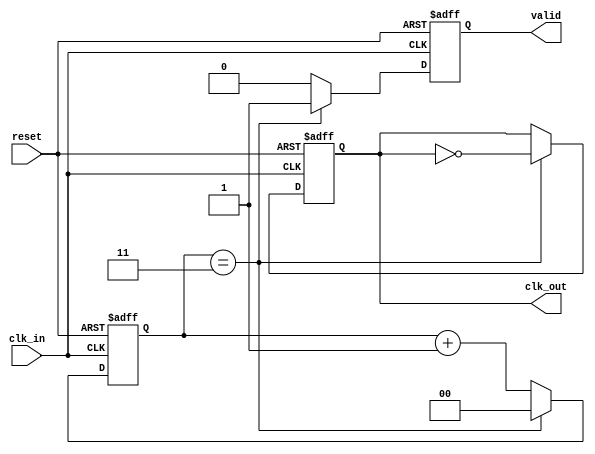
module ClockDividerBuffer #(
    parameter DIV_FACTOR = 4  // Default division factor
)(
    input wire clk_in,        // Input clock signal
    input wire reset,         // Asynchronous reset signal
    output reg clk_out,       // Output clock signal
    output reg valid          // Output valid signal
);

    reg [$clog2(DIV_FACTOR)-1:0] counter; // Counter to track clock cycles

    // Process block for clock division
    always @(posedge clk_in or posedge reset) begin
        if (reset) begin
            counter <= 0;      // Reset the counter
            clk_out <= 0;      // Reset the output clock
            valid <= 0;        // Invalid output initially
        end else begin
            if (counter == (DIV_FACTOR - 1)) begin
                clk_out <= ~clk_out; // Toggle the output clock
                valid <= 1;          // Indicate output clock is valid
                counter <= 0;        // Reset counter
            end else begin
                counter <= counter + 1; // Increment counter
                valid <= 0;              // Output clock is not valid
            end
        end
    end

endmodule